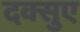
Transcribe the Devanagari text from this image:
दक्सुए